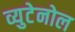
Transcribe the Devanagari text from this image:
व्युटेनोल